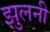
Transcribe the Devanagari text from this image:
झुलनी